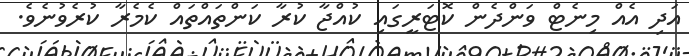
އަދި އެއް މިނެޓް ވަންދެން ކޮޓަރީގައި ކުއްޖާ ކުރާ ކަންތައްތައް ކެމެރާ ކުރެވުނެވެ.